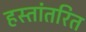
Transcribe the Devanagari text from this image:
हस्तांतरित